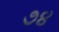
૭૪